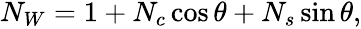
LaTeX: \begin{array}{r}{N_{W}=1+N_{c}\cos\theta+N_{s}\sin\theta,}\end{array}